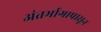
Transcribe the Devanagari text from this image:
अंतर्भागापासून